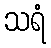
သရံ